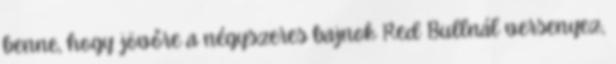
benne, hogy jövőre a négyszeres bajnok Red Bullnál versenyez,